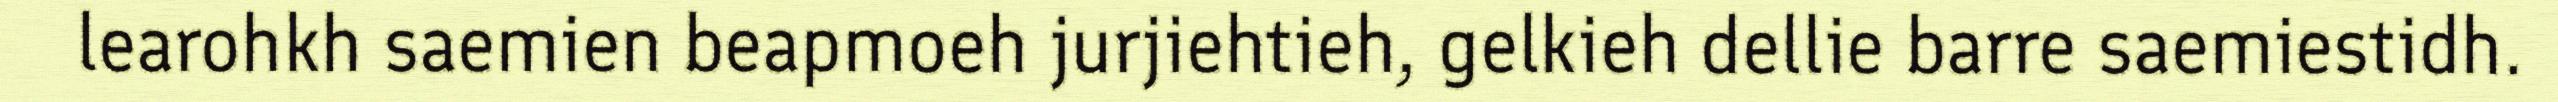
learohkh saemien beapmoeh jurjiehtieh, gelkieh dellie barre saemiestidh.